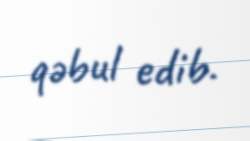
qəbul edib.